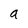
Character: a